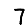
Digit: 7